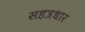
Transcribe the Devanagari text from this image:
सहत्रधार